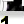
Digit: 1